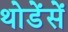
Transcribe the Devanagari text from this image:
थोडेंसें